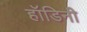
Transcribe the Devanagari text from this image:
हॉडिनी